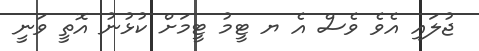
ޖުލައި އެވެ ވެސް އެ ޔ ޓީމު ޓީމަށް ކުޅުނު އޮތީ ވަނީ